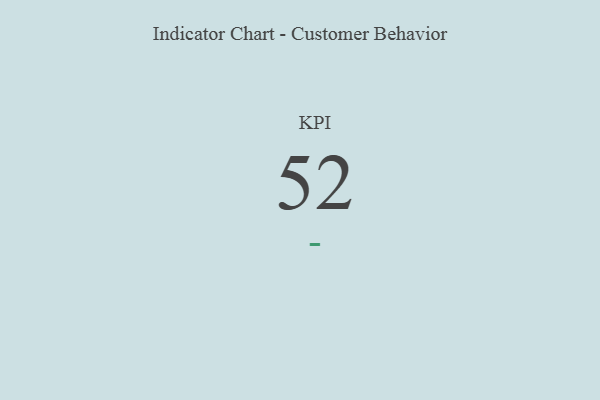
{"axis": {"x": "KPI", "y": "Value"}, "legend": [""], "data": [{"x": "KPI", "y": 52, "type": ""}]}